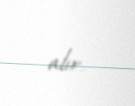
alır.